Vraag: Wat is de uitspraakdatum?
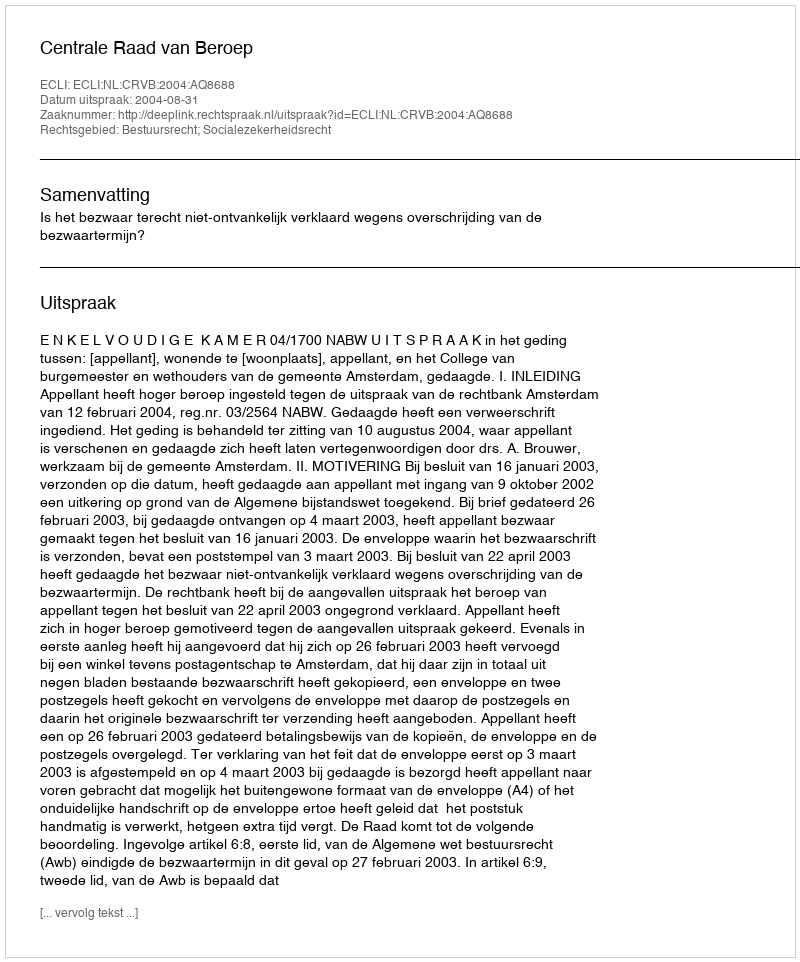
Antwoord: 2004-08-31